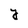
Character: j